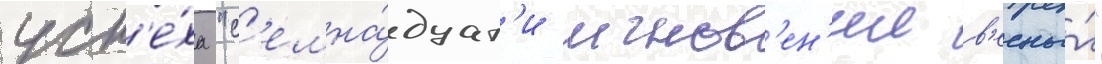
усп'е́ха "с'емна́дцат'и мгнов'ен'ии в'есны́"